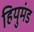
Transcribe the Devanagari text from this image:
हियुमंड